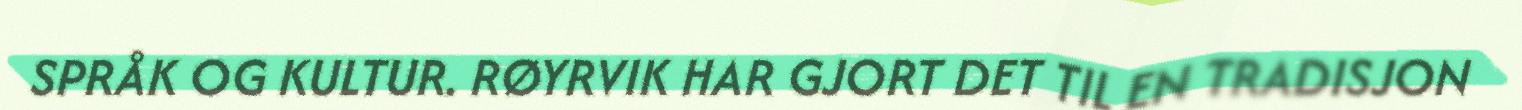
SPRÅK OG KULTUR. RØYRVIK HAR GJORT DET TIL EN TRADISJON